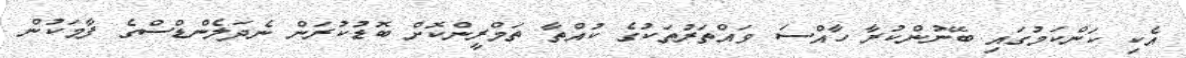
އެކި ކަންކަމުގައި ބޭނުންކުރާ ހާއްސަ ވައްތަރުތަކުގެ ކުއްތާ ތަމްރީންކޮށް ބޮޑުކުރަން ނެދަލެންޑްސްގެ ފާމަކުން